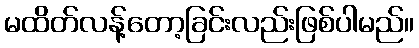
မထိတ်လန့်တော့ခြင်းလည်းဖြစ်ပါမည်။